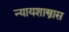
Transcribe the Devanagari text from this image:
न्यायशास्त्रास